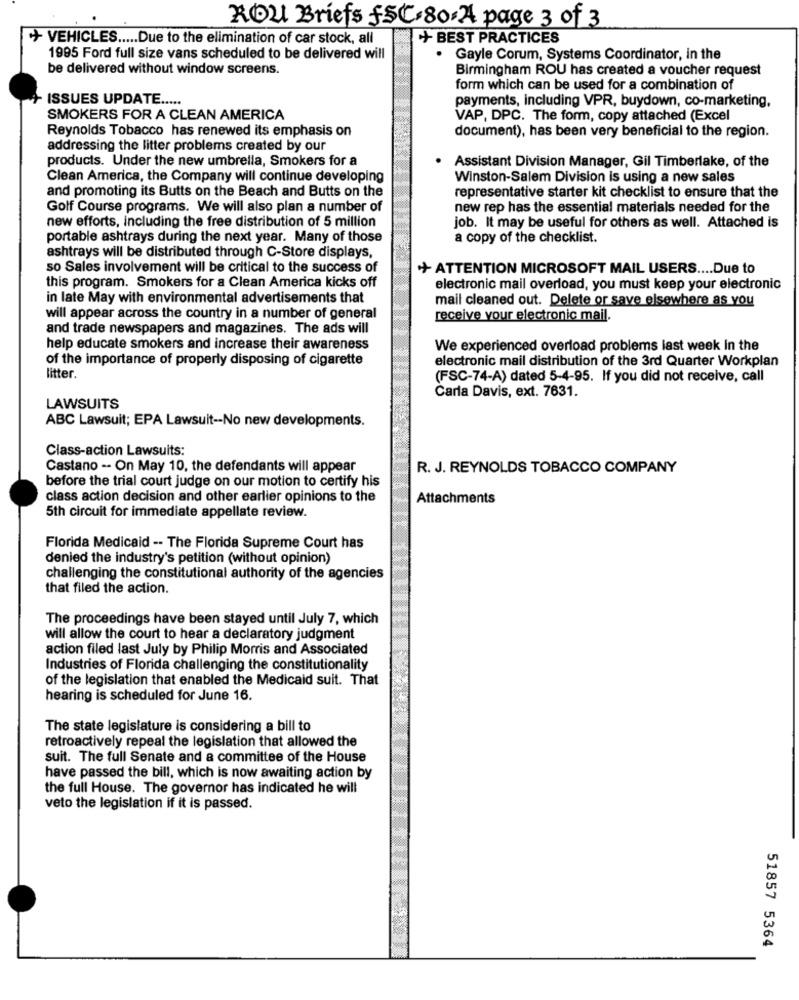
ROLL Briefs fSC.80.4 page 3 of 3
+ VEHICLES ..... Due to the elimination of car stock, all
+ BEST PRACTICES
1995 Ford full size vans scheduled to be delivered will
Gayle Corum, Systems Coordinator, in the
be delivered without window screens.
Birmingham ROU has created a voucher request
form which can be used for a combination of
ISSUES UPDATE .....
payments, including VPR, buydown, co-marketing,
SMOKERS FOR A CLEAN AMERICA
VAP, DPC. The form, copy attached (Excel
Reynolds Tobacco has renewed its emphasis on
document), has been very beneficial to the region.
addressing the litter problems created by our
products. Under the new umbrella, Smokers for a
Assistant Division Manager, Gil Timberlake, of the
Clean America, the Company will continue developing
Winston-Salem Division is using a new sales
and promoting its Butts on the Beach and Butts on the
representative starter kit checklist to ensure that the
Golf Course programs. We will also plan a number of
new rep has the essential materials needed for the
new efforts, including the free distribution of 5 million
job. It may be useful for others as well. Attached is
portable ashtrays during the next year. Many of those
a copy of the checklist.
ashtrays will be distributed through C-Store displays,
so Sales involvement will be critical to the success of
+ ATTENTION MICROSOFT MAIL USERS .... Due to
this program. Smokers for a Clean America kicks off
electronic mail overload, you must keep your electronic
in late May with environmental advertisements that
mail cleaned out. Delete or save elsewhere as you
will appear across the country in a number of general
receive your electronic mail.
and trade newspapers and magazines. The ads will
help educate smokers and increase their awareness
We experienced overload problems last week in the
of the importance of properly disposing of cigarette
electronic mail distribution of the 3rd Quarter Workplan
litter.
(FSC-74-A) dated 5-4-95. If you did not receive, call
Carla Davis, ext. 7631.
LAWSUITS
ABC Lawsuit; EPA Lawsuit -- No new developments.
Class-action Lawsuits:
Castano -- On May 10, the defendants will appear
R. J. REYNOLDS TOBACCO COMPANY
before the trial court judge on our motion to certify his
class action decision and other earlier opinions to the
Attachments
5th circuit for immediate appellate review.
Florida Medicaid -- The Florida Supreme Court has
denied the industry's petition (without opinion)
challenging the constitutional authority of the agencies
that filed the action.
The proceedings have been stayed until July 7, which
will allow the court to hear a declaratory judgment
action filed last July by Philip Morris and Associated
Industries of Florida challenging the constitutionality
of the legislation that enabled the Medicaid suit. That
hearing is scheduled for June 16.
The state legislature is considering a bill to
retroactively repeal the legislation that allowed the
suit. The full Senate and a committee of the House
have passed the bill, which is now awaiting action by
the full House. The governor has indicated he will
veto the legislation if it is passed.
51857 5364